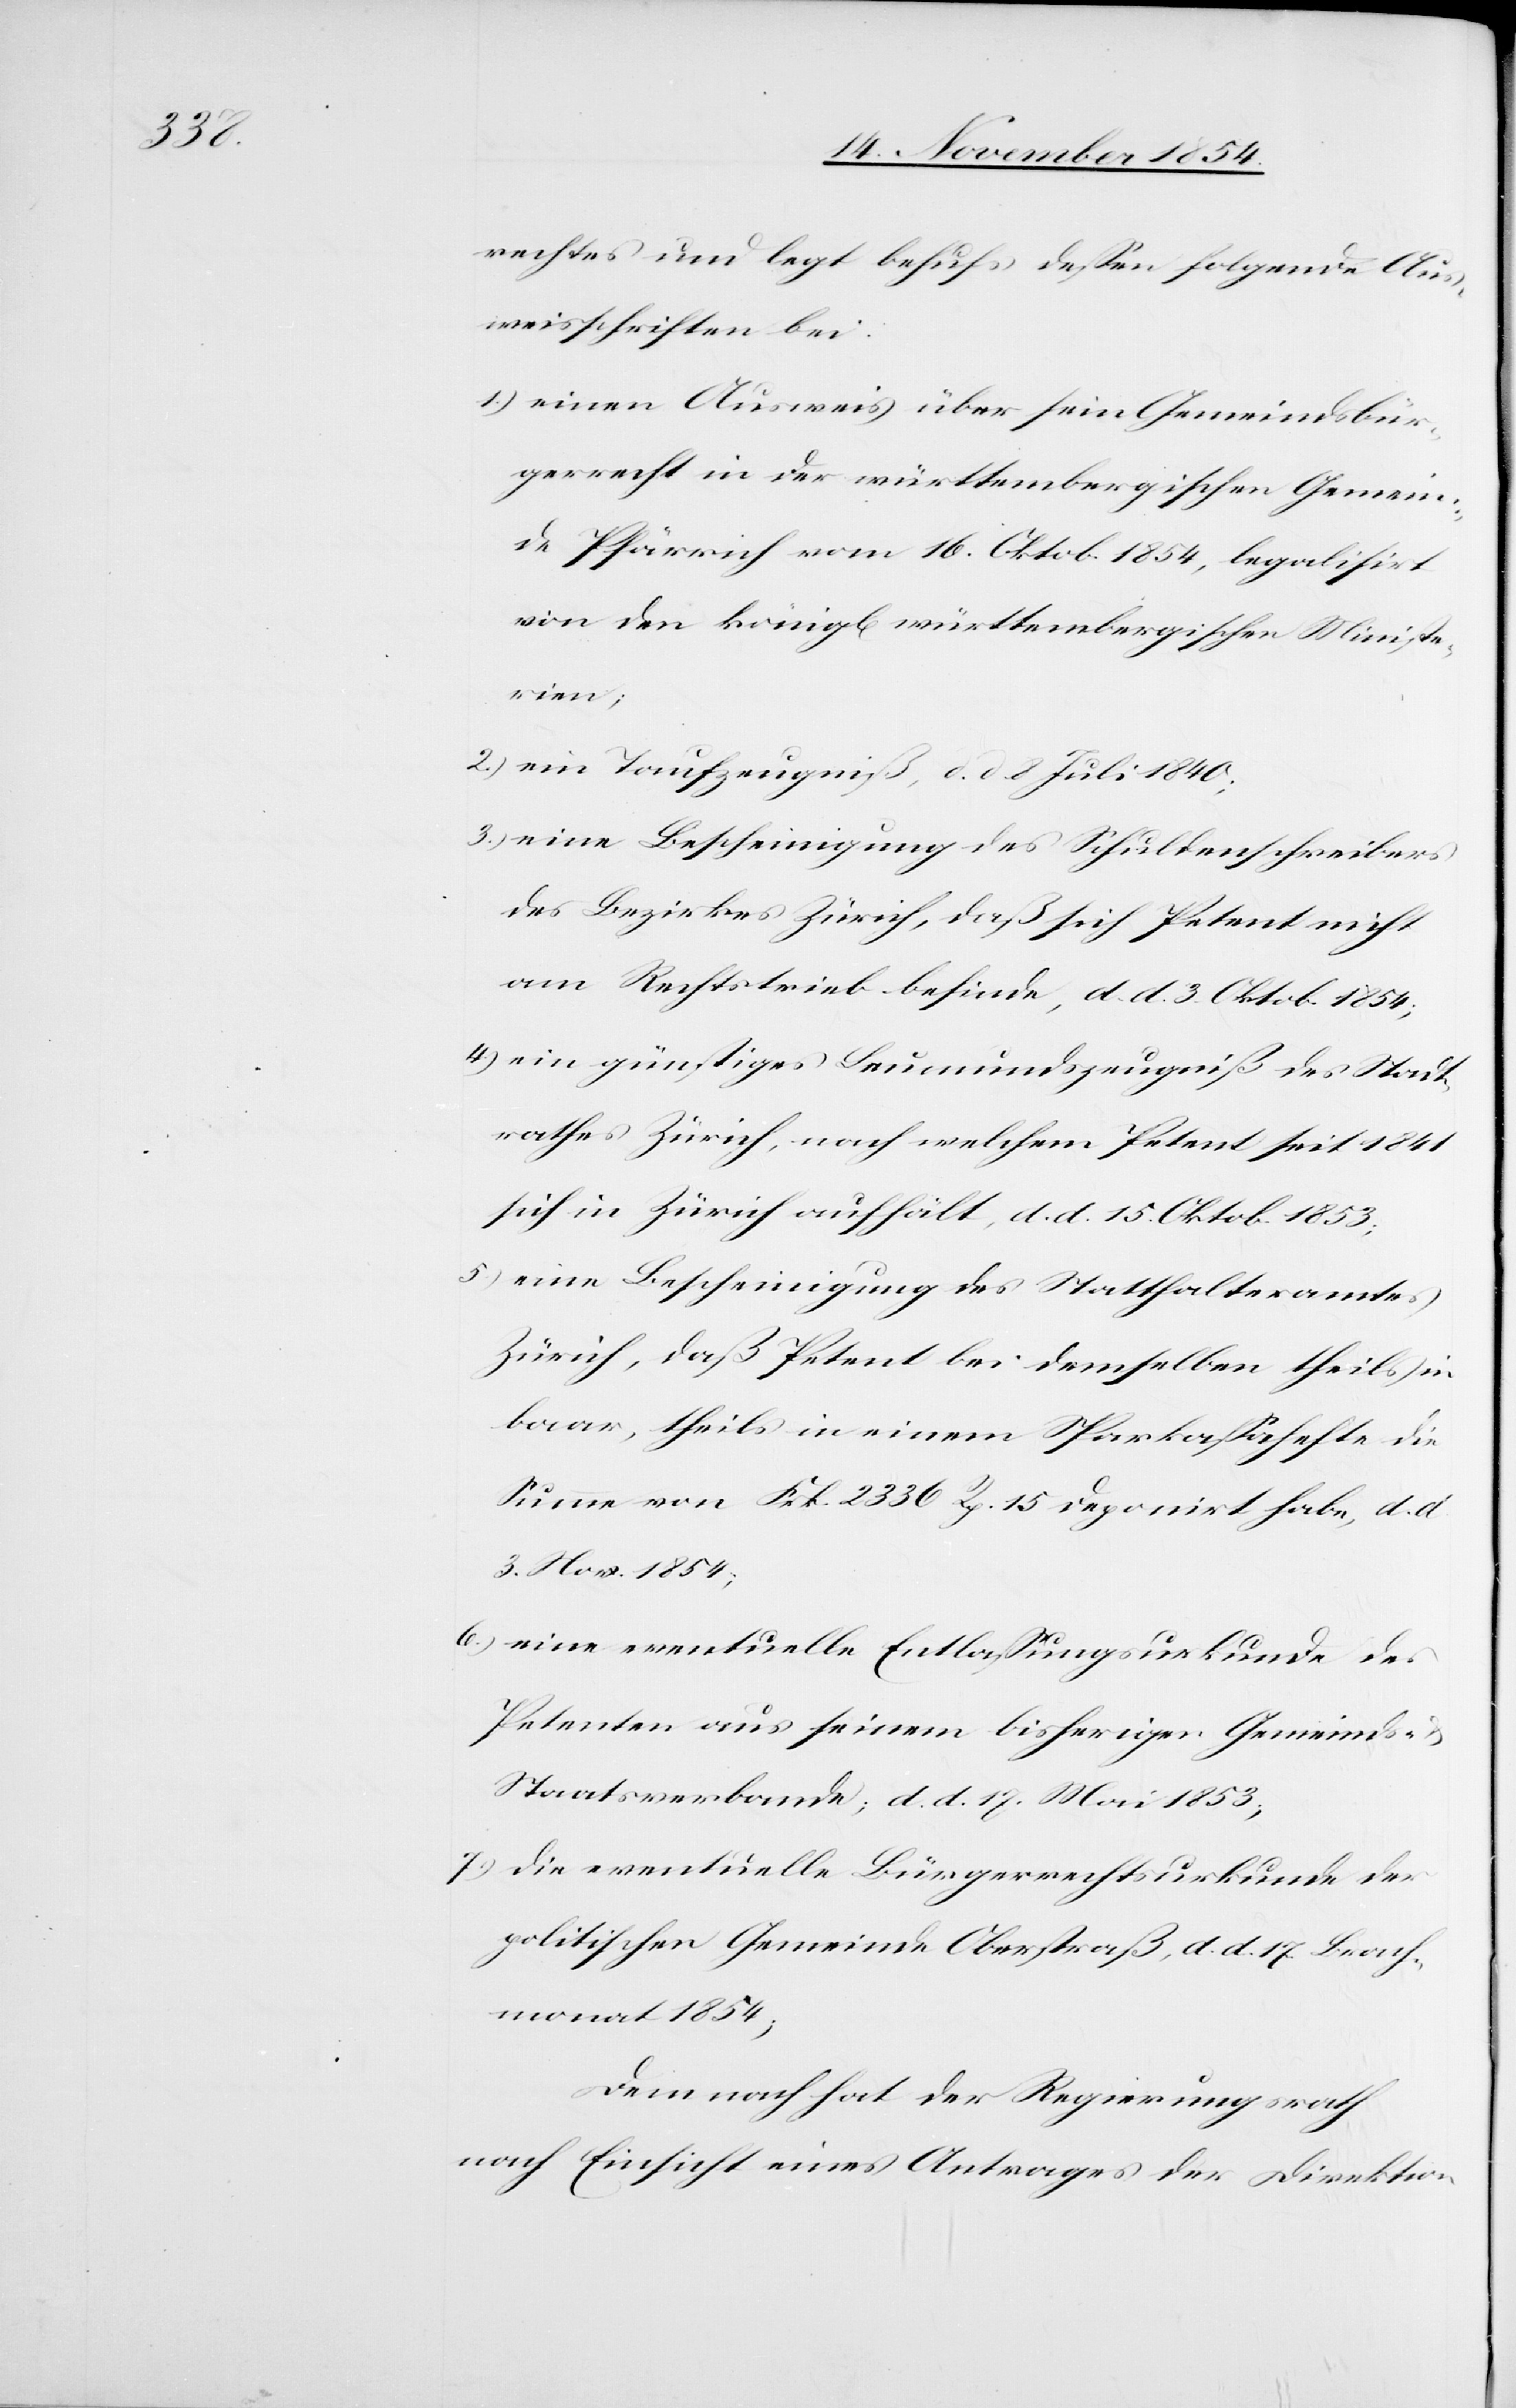
Brach¬

rechtes und legt behufs deßen folgende Aus¬
weisschriften bei:
1.) einen Ausweis über sein Gemeindsbür¬
gerrecht in der württembergischen Gemein¬
de Pfärrich vom 16. Oktob. 1854, legalisirt
von den königl. württembergischen Ministe¬
rien;
2.) ein Taufschein, d. d. 8. Juli 1840;
3.) eine Bescheinigung des Schuldenschreibers
des Bezirkes Zürich, daß sich Petent nicht
am Rechtstrieb befinde, d. d. 3. Oktob. 1854;
4.) ein günstiges Leumundszeugniß des Stadt¬
rathes Zürich, nach welchem Petent seit 1841
sich in Zürich aufhält, d. d. 15. Oktob. 1853;
5.) eine Bescheinigung des Statthalteramtes
Zürich, daß Petent bei demselben theils in
baar, theils in einem Sparkaßahefte die
Summe von Frk. 2336 Rp. 15 deponirt habe, d. d.
3. Nov. 1854;
6.) eine eventuelle Entlaßungsurkunde des
Petenten aus seinem bisherigen Gemeinds-
Staatsverbande, d. d. 17. Mai 1853;
7.) die eventuelle Bürgerrechtsurkunde der
monat 1854;
Demnach hat der Regierungsrath
nach Einsicht eines Antrages der Direktion